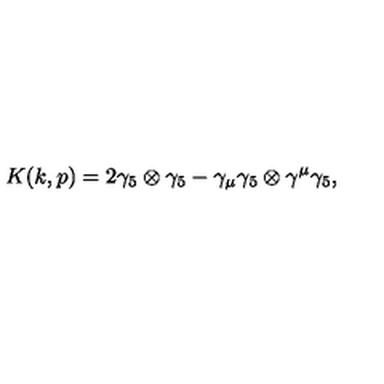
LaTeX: K ( k , p ) = 2 \gamma _ { 5 } \otimes \gamma _ { 5 } - \gamma _ { \mu } \gamma _ { 5 } \otimes \gamma ^ { \mu } \gamma _ { 5 } ,